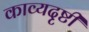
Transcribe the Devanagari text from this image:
काव्यदृष्टी